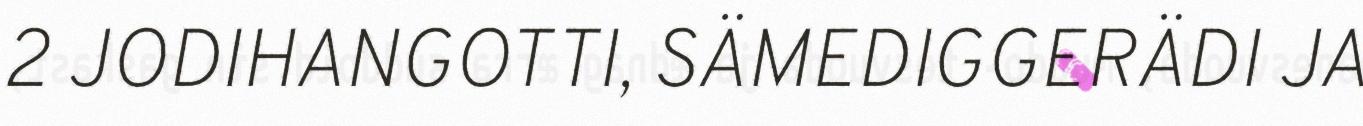
2 JODIHANGOTTI, SÄMEDIGGERÄDI JA